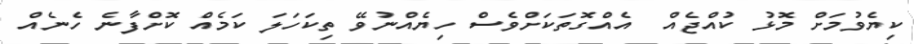
ކިޔެވުމަށް މޮޅު ކުއްޖެއް  އެއްގޮތަކަށްވެސް ހިޔެއްނުވޭ ތިކަހަލަ ކަމެއް ކޮށްފާނެ ހެނެއް